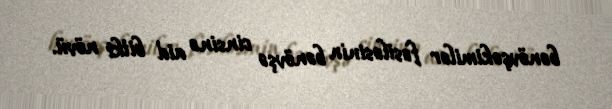
bənövşəkimilər fəsiləsinin bənövşə cinsinə aid bitki növü.